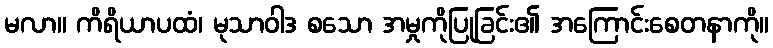
မလာ။ ကိရိယာပထံ၊ မုသာဝါဒ စသော အမှုကိုပြုခြင်း၏ အကြောင်းစေတနာကို။